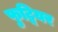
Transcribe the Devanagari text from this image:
फुट्वियर